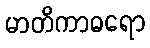
မာတိကာဓရော